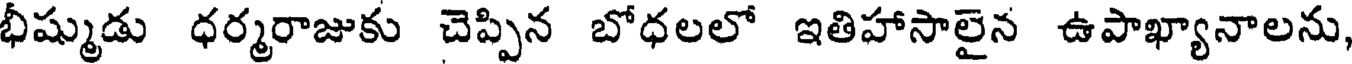
భీష్ముడు ధర్మరాజుకు చెప్పిన బోధలలో ఇతిహాసాలైన ఉపాఖ్యానాలను,